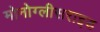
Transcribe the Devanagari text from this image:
मोनोग्लीसराइड